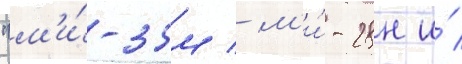
"м'и́-35м / м'и́-28н и́